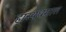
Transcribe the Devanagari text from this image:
हास्यधमाल